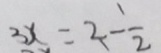
3 x = 2 - \frac { 1 } { 2 }